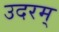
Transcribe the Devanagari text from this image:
उदरम्